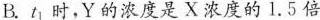
B. t_{1}时，Y的浓度是X浓度的1.5倍